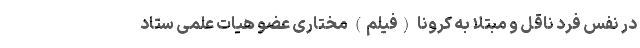
در نفس فرد ناقل و مبتلا به کرونا (فیلم) مختاری عضو هیات علمی ستاد